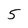
Character: 5